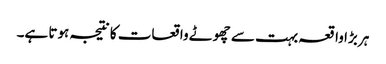
ہر بڑا واقعہ بہت سے چھوٹے واقعات کا نتیجہ ہوتا ہے۔